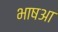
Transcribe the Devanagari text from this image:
भाषआ